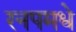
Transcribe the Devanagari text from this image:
रनपमधे